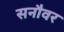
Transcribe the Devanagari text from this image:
सनौवर